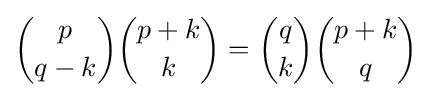
{p \choose {q-k}}{{p+k} \choose {k}}={q \choose k}{{p+k} \choose {q}}